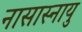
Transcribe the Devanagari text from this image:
नासास्नायु